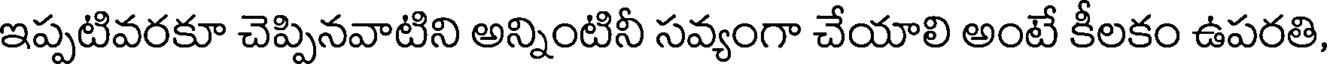
ఇప్పటివరకూ చెప్పినవాటిని అన్నింటినీ సవ్యంగా చేయాలి అంటే కీలకం ఉపరతి